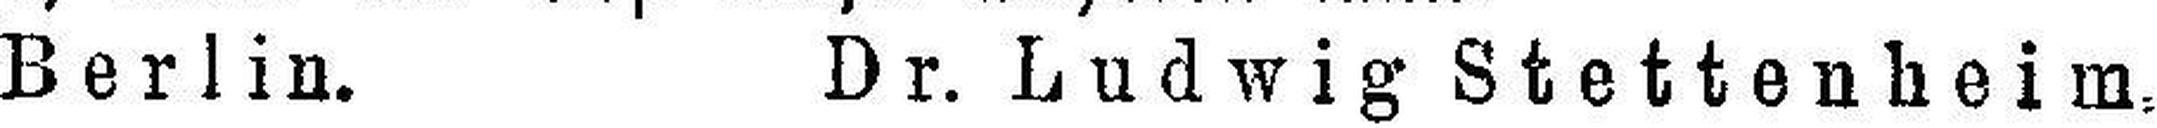
Berlin. Dr. Ludwig Stettenheim.